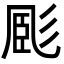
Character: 𢒝